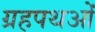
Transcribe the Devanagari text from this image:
ग्रहपथओं